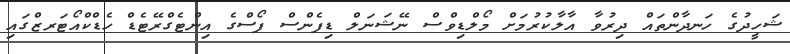
ޝަހީދުގެ ހަނދާންތައް ދިރުވާ އާލާކުރުމަށް މޯލްޑިވްސް ނޭޝަނަލް ޑިފެންސް ފޯސްގެ އިންޓެގްރޭޓެޑް ހެޑްކްއޯޓަރޒްގައި